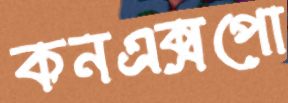
কনএক্সপো